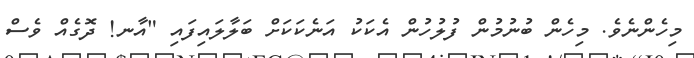
މިހެންނެވެ. މިހެން ބުނުމުން ފުލުހުން އެކަކު އަނެކަކަށް ބަލާލައިފައި "އާނ! ދޮގެއް ވެސް